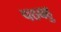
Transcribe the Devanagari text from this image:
पठवहु